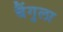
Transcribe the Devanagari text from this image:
बैंगुला